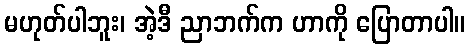
မဟုတ်ပါဘူး၊ အဲ့ဒီ ညာဘက်က ဟာကို ပြောတာပါ။